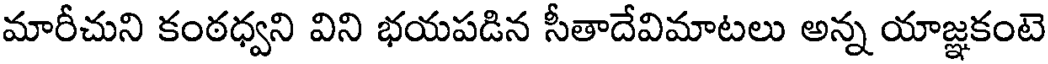
మారీచుని కంఠధ్వని విని భయపడిన సీతాదేవిమాటలు అన్న యాజ్ఞకంటె